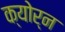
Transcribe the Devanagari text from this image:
क्योर्न